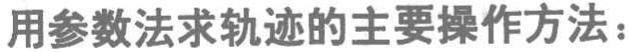
用参数法求轨迹的主要操作方法：